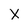
Character: X